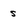
Character: s